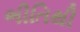
ભીતિથી